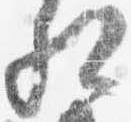
相